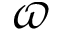
\varpi